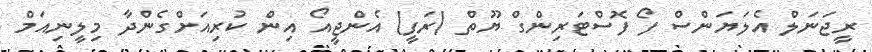
ރީޖަނަލް އެލަޔަންސް ފޯ ފޮސްޓަރިންގް ޔޫތް (ރަފީ) އެންޖީއޯ އިން ކުރިއަށްގެންދާ މިލީނިއަމް